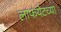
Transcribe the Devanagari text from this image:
लाफयेटच्या